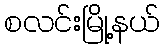
စလင်းမြို့နယ်